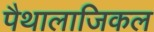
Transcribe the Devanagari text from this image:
पैथालाजिकल